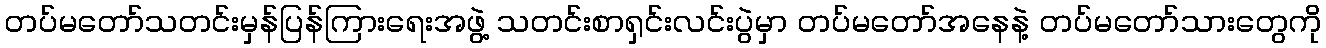
တပ်မတော်သတင်းမှန်ပြန်ကြားရေးအဖွဲ့ သတင်းစာရှင်းလင်းပွဲမှာ တပ်မတော်အနေနဲ့ တပ်မတော်သားတွေကို